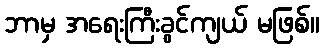
ဘာမှ အရေးကြီးခွင်ကျယ် မဖြစ်။